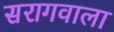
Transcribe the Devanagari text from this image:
सरागवाला